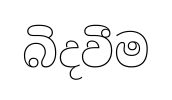
බිදවීම